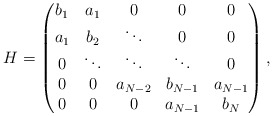
\begin{align*}H = \left(\begin{matrix}b_1& a_1 & 0 & 0 & 0 \\a_1& b_2& \ddots & 0 & 0 \\0 & \ddots & \ddots & \ddots & 0 \\0& 0 & a_{N - 2} & b_{N-1}& a_{N-1} \\0& 0& 0& a_{N-1}& b_N \\\end{matrix}\right),\end{align*}